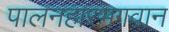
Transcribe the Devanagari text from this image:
पालनहारभगवान